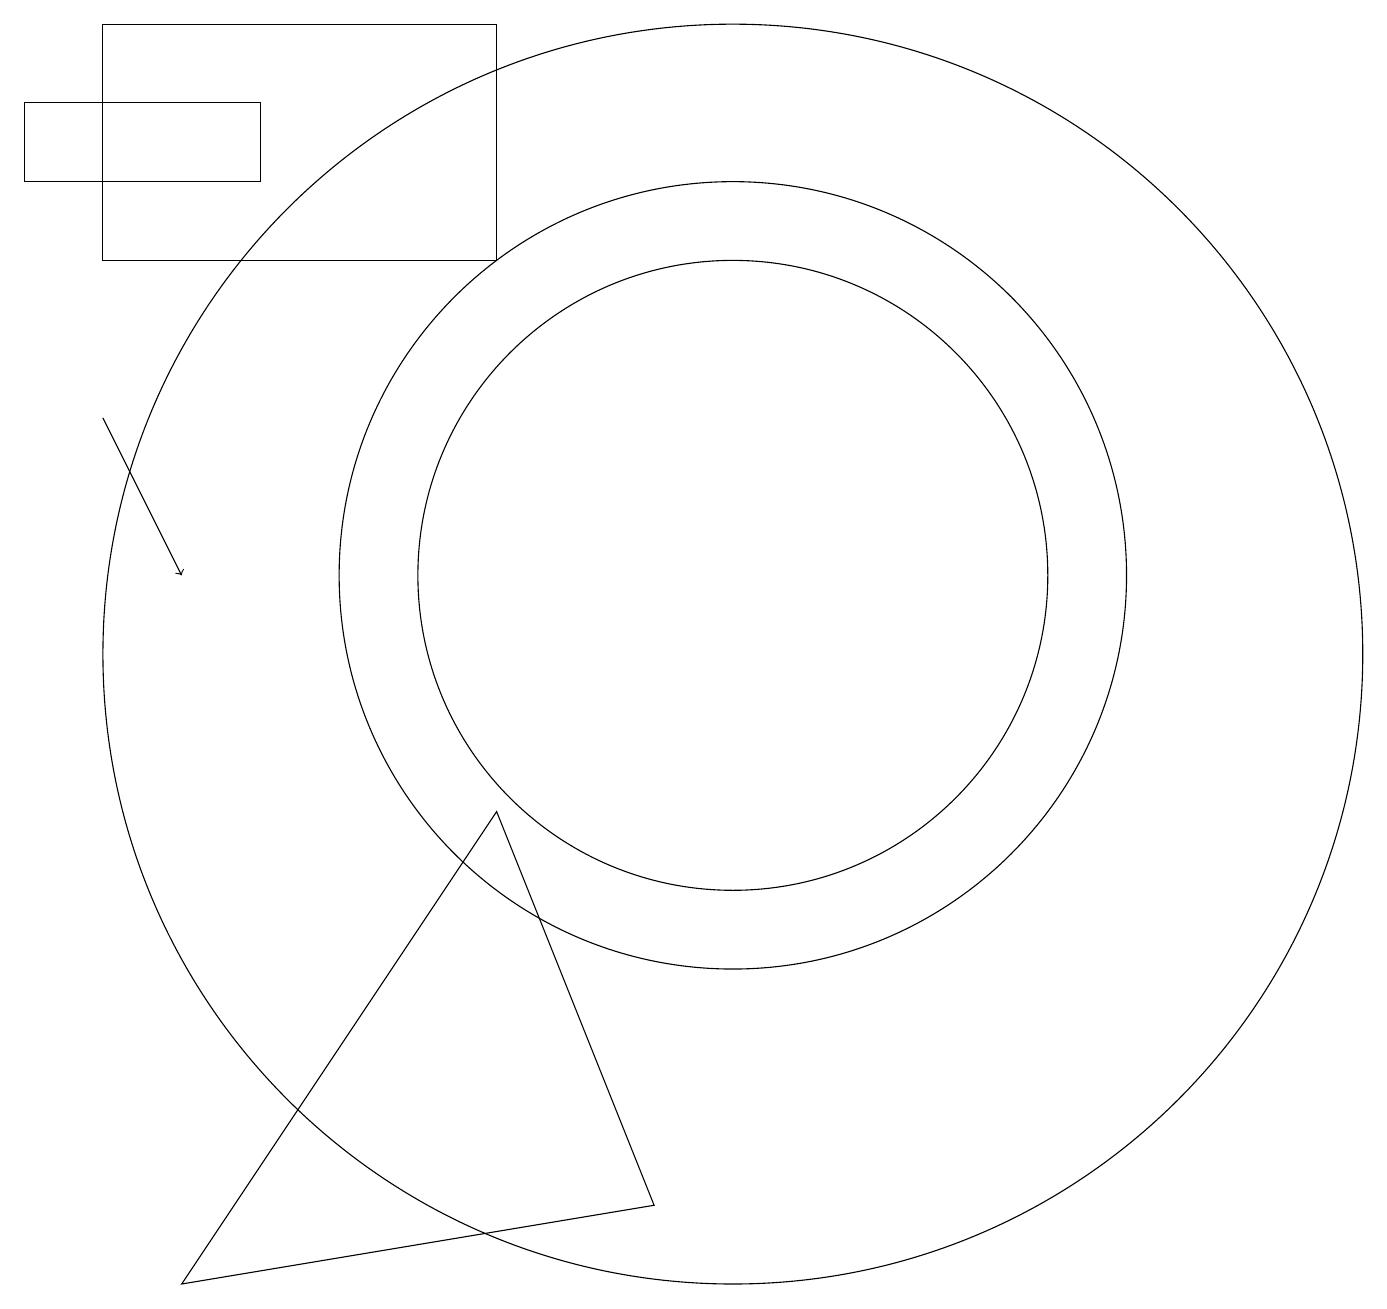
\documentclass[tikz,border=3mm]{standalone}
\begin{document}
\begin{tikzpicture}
\draw (10,11) circle (4);
\draw (1,17) rectangle (4,16);
\draw[->] (2,13) -- (3,11);
\draw (2,18) rectangle (7,15);
\draw (9,3) -- (7,8) -- (3,2) -- cycle;
\draw (10,11) circle (5);
\draw (10,10) circle (8);
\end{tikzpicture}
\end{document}